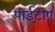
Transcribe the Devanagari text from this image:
पीईटीए